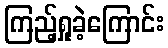
ကြည့်ရှုခဲ့ကြောင်း